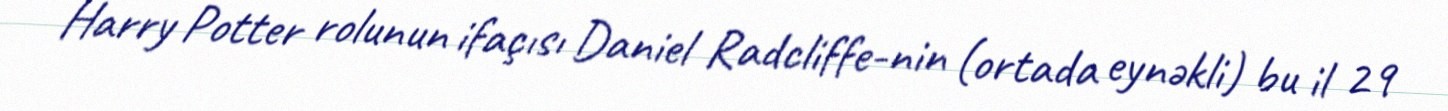
Harry Potter rolunun ifaçısı Daniel Radcliffe-nin (ortada eynəkli) bu il 29